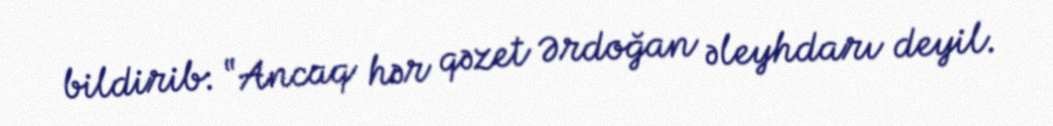
bildirib: “Ancaq hər qəzet Ərdoğan əleyhdarı deyil.